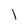
Character: l